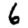
Digit: 6